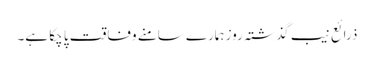
ذرائع نیب گذشتہ روز ہمارے سامنے وفاقت پا چکا ہے۔